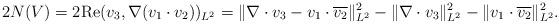
LaTeX: \begin{align*}2N(V)=2{\rm Re}(v_3,\nabla (v_1\cdot v_2))_{L^2}=\|\nabla \cdot v_3-v_1\cdot \overline{v_2}\|_{L^2}^2-\|\nabla \cdot v_3\|_{L^2}^2-\|v_1\cdot \overline{v_2}\|_{L^2}^2. \end{align*}